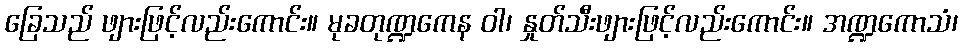
ခြေသည် ဖျားဖြင့်လည်းကောင်း။ မုခတုဏ္ဍကေန ဝါ၊ နှုတ်သီးဖျားဖြင့်လည်းကောင်း။ အဏ္ဍကောသံ၊